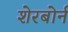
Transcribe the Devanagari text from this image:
शेरबोर्न